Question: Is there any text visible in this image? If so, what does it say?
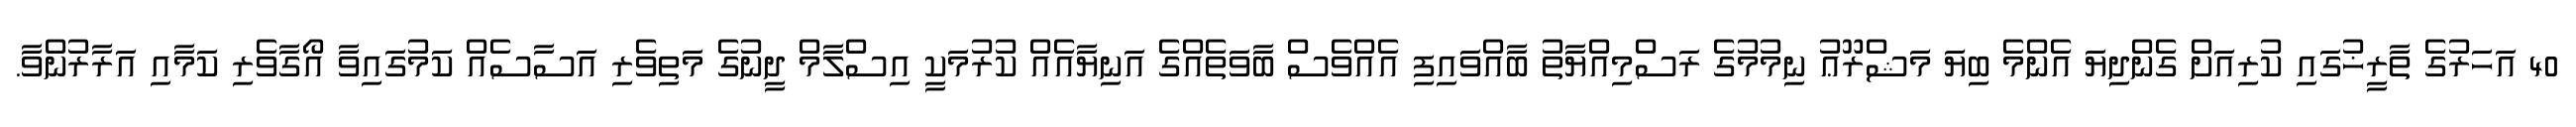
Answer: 40 އަހަރުގެ ތާރީޚުގައި ކުރިއަށް ގެންދިޔަ އެންމެ ބިޔަ މަޝްރޫޢު ނިމުމުގެ ރަސްމިއްޔާތު ބާއްވައިފި އެއްވެސް ބާވަތެއްގެ އަނިޔާއެއް ކުރުމަކީ އިސްލާމް ދީނުގެ މަތިވެރި އަސާސެއް ކަމުގައިވާ އޯގާވެރި ކަމާއި އަރާރުންވާ.